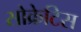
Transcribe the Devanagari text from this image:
सोक्रेटिस